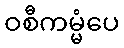
ဝစီကမ္မံပေ